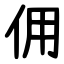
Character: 佣